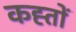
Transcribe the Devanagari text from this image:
कह्तों